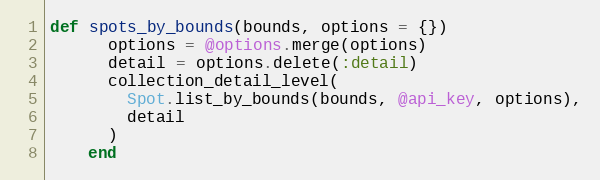
Language: Ruby
def spots_by_bounds(bounds, options = {})
      options = @options.merge(options)
      detail = options.delete(:detail)
      collection_detail_level(
        Spot.list_by_bounds(bounds, @api_key, options),
        detail
      )
    end